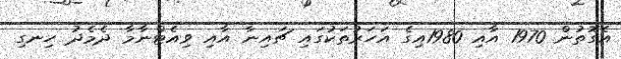
އެގޮތުން 1970 އާއި 1980އިގެ އަހަރުތަކުގައި ޗައިނާ އާއި ވިއެޓްނާމާ ދެމެދު ހިނގި